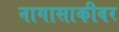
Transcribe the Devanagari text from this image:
नागासाकीवर